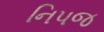
નિપજ